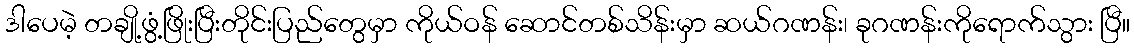
ဒါပေမဲ့ တချို့ဖွံ့ဖြိုးပြီးတိုင်းပြည်တွေမှာ ကိုယ်ဝန် ဆောင်တစ်သိန်းမှာ ဆယ်ဂဏန်း၊ ခုဂဏန်းကိုရောက်သွား ပြီ။